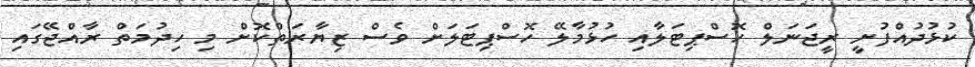
ކުޅުދުއްފުށީ ރީޖަނަލް ހޮސްޕިޓަލާއި ހުޅުމާލޭ ހޮސްޕިޓަލަށް ވެސް ޒިޔާރަތްކޮށް މި ހިދުމަތް ރާއްޖޭގައި